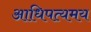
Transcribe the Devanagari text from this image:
आधिपत्यमय